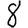
Digit: 8